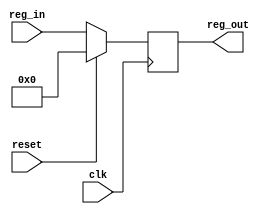
module register #(
    parameter N=64
) (
    input wire clk,
    input wire reset,
    input wire [N-1:0] reg_in,
    output reg [N-1:0] reg_out
);


always @(posedge clk) begin
    if(reset == 1'b1)
        begin
            reg_out <= {N{1'b0}};
        end
        else 
        begin
            reg_out <= reg_in;
        end
end
    
endmodule